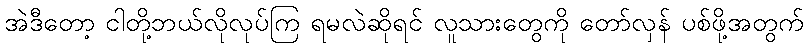
အဲဒီတော့ ငါတို့ဘယ်လိုလုပ်ကြ ရမလဲဆိုရင် လူသားတွေကို တော်လှန် ပစ်ဖို့အတွက်